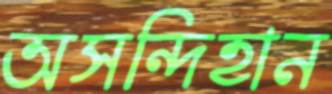
অসন্দিহান